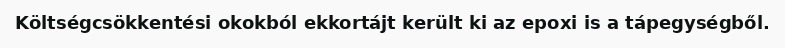
Költségcsökkentési okokból ekkortájt került ki az epoxi is a tápegységből.